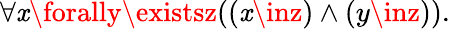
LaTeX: \forall\mathit{x}\forally\existsz((\mathit{x}\inz)\land(y\inz)).